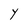
Character: Y